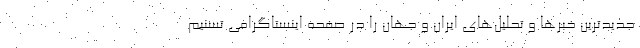
جدیدترین خبرها و تحلیل‌های ایران و جهان را در صفحه اینستاگرامی تسنیم